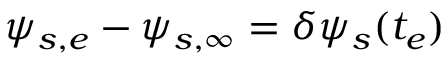
\psi _ { s , e } - \psi _ { s , \infty } = \delta \psi _ { s } ( t _ { e } )